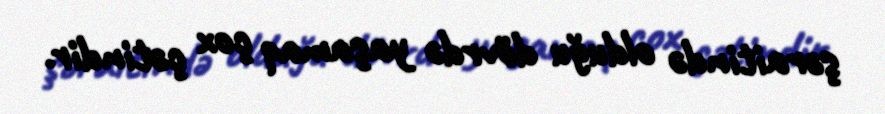
şəraitində olduğu dövrdə yaşamaq çox çətindir.